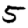
Digit: 5